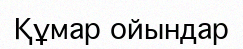
Құмар ойындар